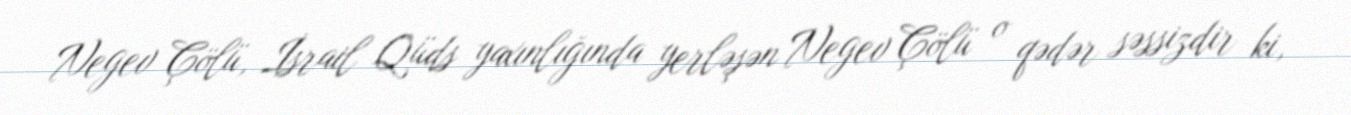
Negev Çölü, İsrail Qüds yaxınlığında yerləşən Negev Çölü o qədər səssizdir ki,